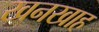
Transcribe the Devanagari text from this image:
खनखाह